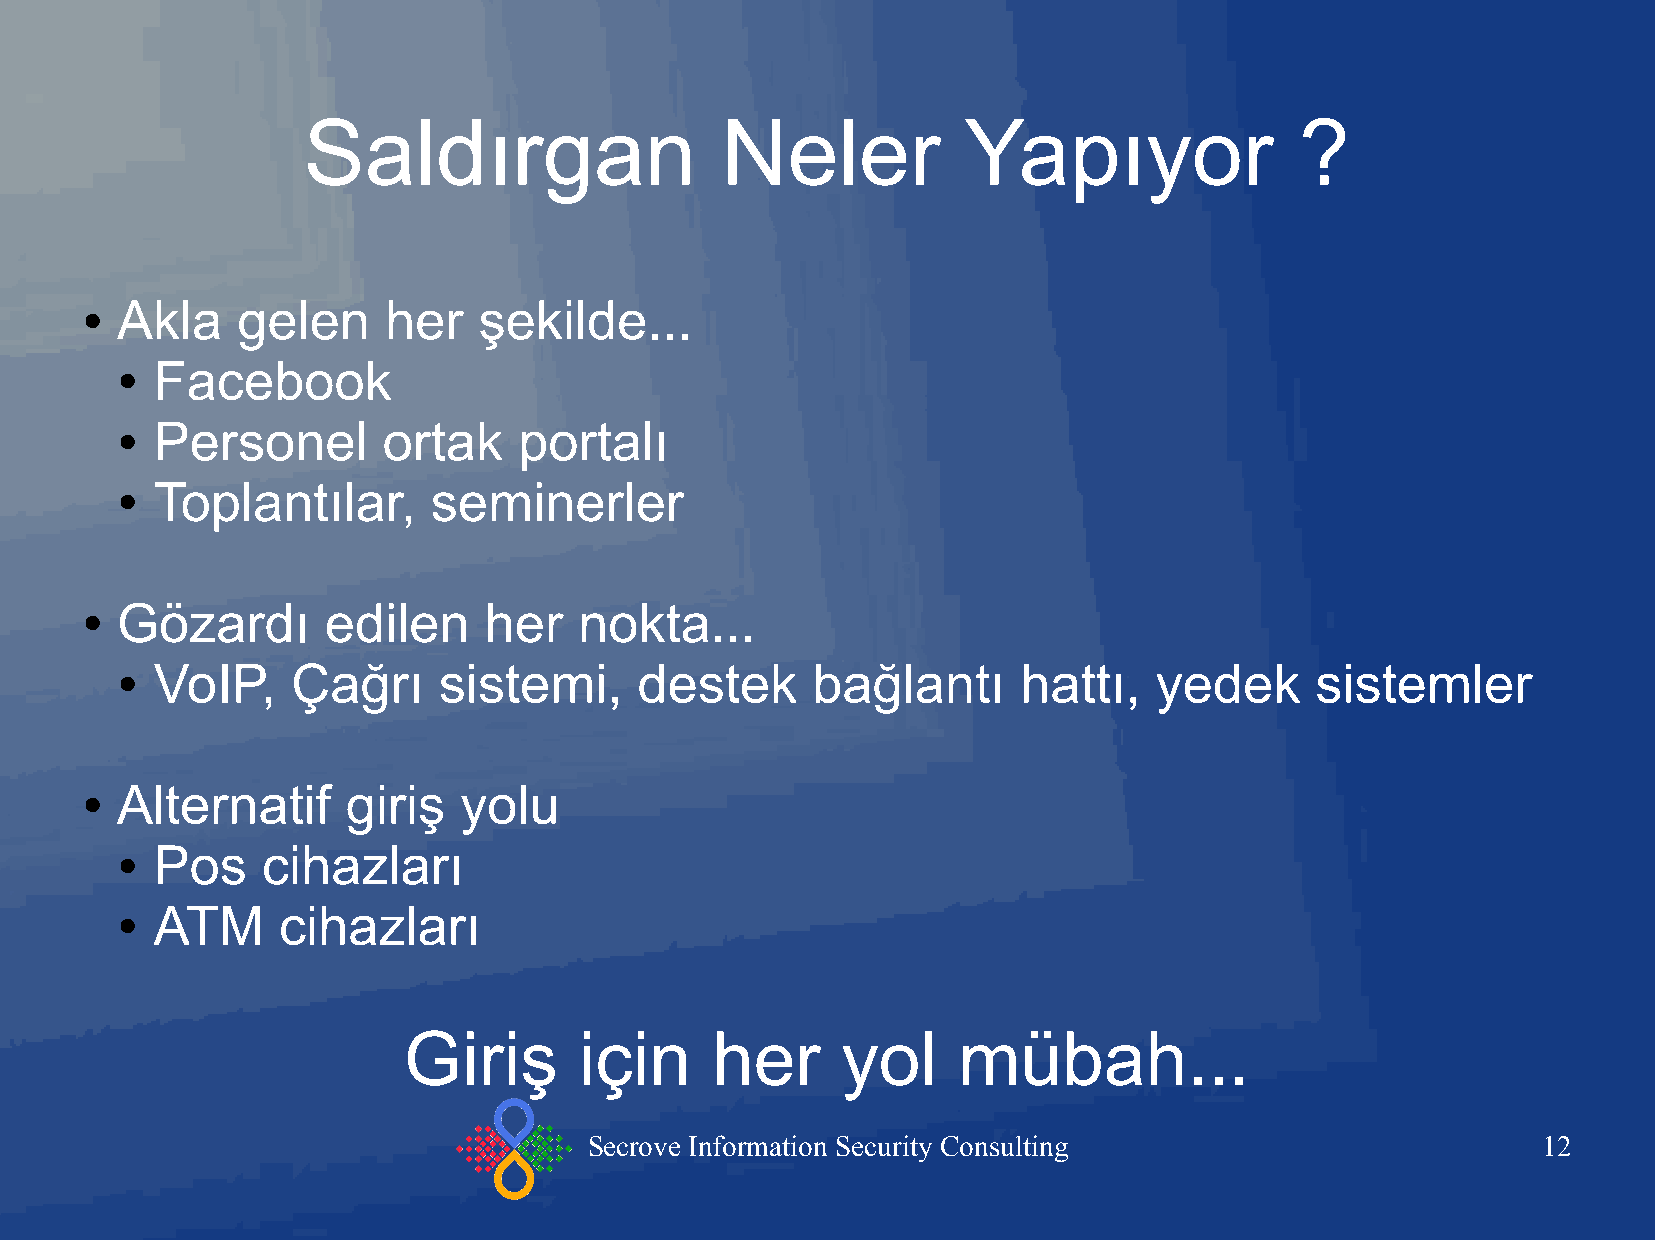
Saldırgan                   Neler           Yapıyor               ?
 Akla    gelen    her    şekilde...
 ●
 Facebook
 ●
 Personel       ortak    portalı
 ●
 Toplantılar,       seminerler
 ●
 Gözardı      edilen     her   nokta...
 ●
 VoIP,    Çağrı     sistemi,     destek      bağlantı      hattı,  yedek      sistemler
 ●
 Alternatif     giriş  yolu
 ●
 Pos    cihazları
 ●
 ATM     cihazları
 ●
 Giriş      için     her      yol    mübah...
 Secrove Information Security Consulting                        12